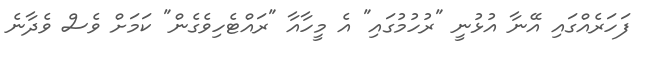
ފަހަރެއްގައި އޭނާ އުޅުނީ "ރުހުމުގައި" އެ މީހާއާ "ރައްޓެހިވެގެން" ކަމަށް ވެސް ވެދާނެ